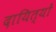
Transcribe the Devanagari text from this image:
दायित्यों